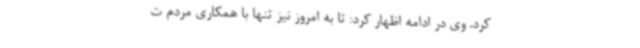
کرد. وی در ادامه اظهار کرد: تا به امروز نیز تنها با همکاری مردم ت